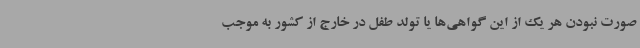
صورت نبودن هر یک از این گواهی‌ها یا تولد طفل در خارج از کشور به موجب